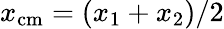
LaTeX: x_{{\mathrm{cm}}}=(x_{1}+x_{2})/2